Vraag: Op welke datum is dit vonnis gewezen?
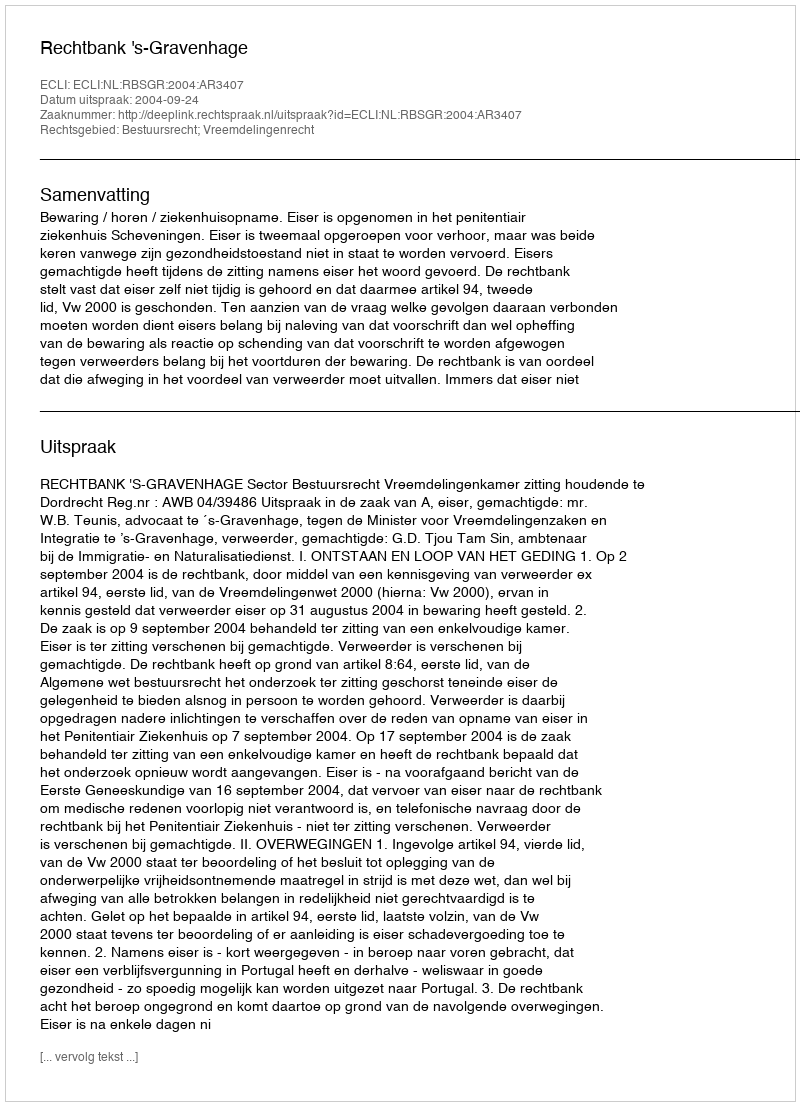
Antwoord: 2004-09-24